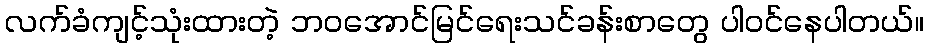
လက်ခံကျင့်သုံးထားတဲ့ ဘဝအောင်မြင်ရေးသင်ခန်းစာတွေ ပါဝင်နေပါတယ်။